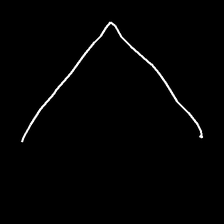
Glyph: region